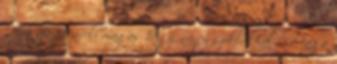
Háb ojan távoli magas hegy, nagy sziklákkal. - Maga